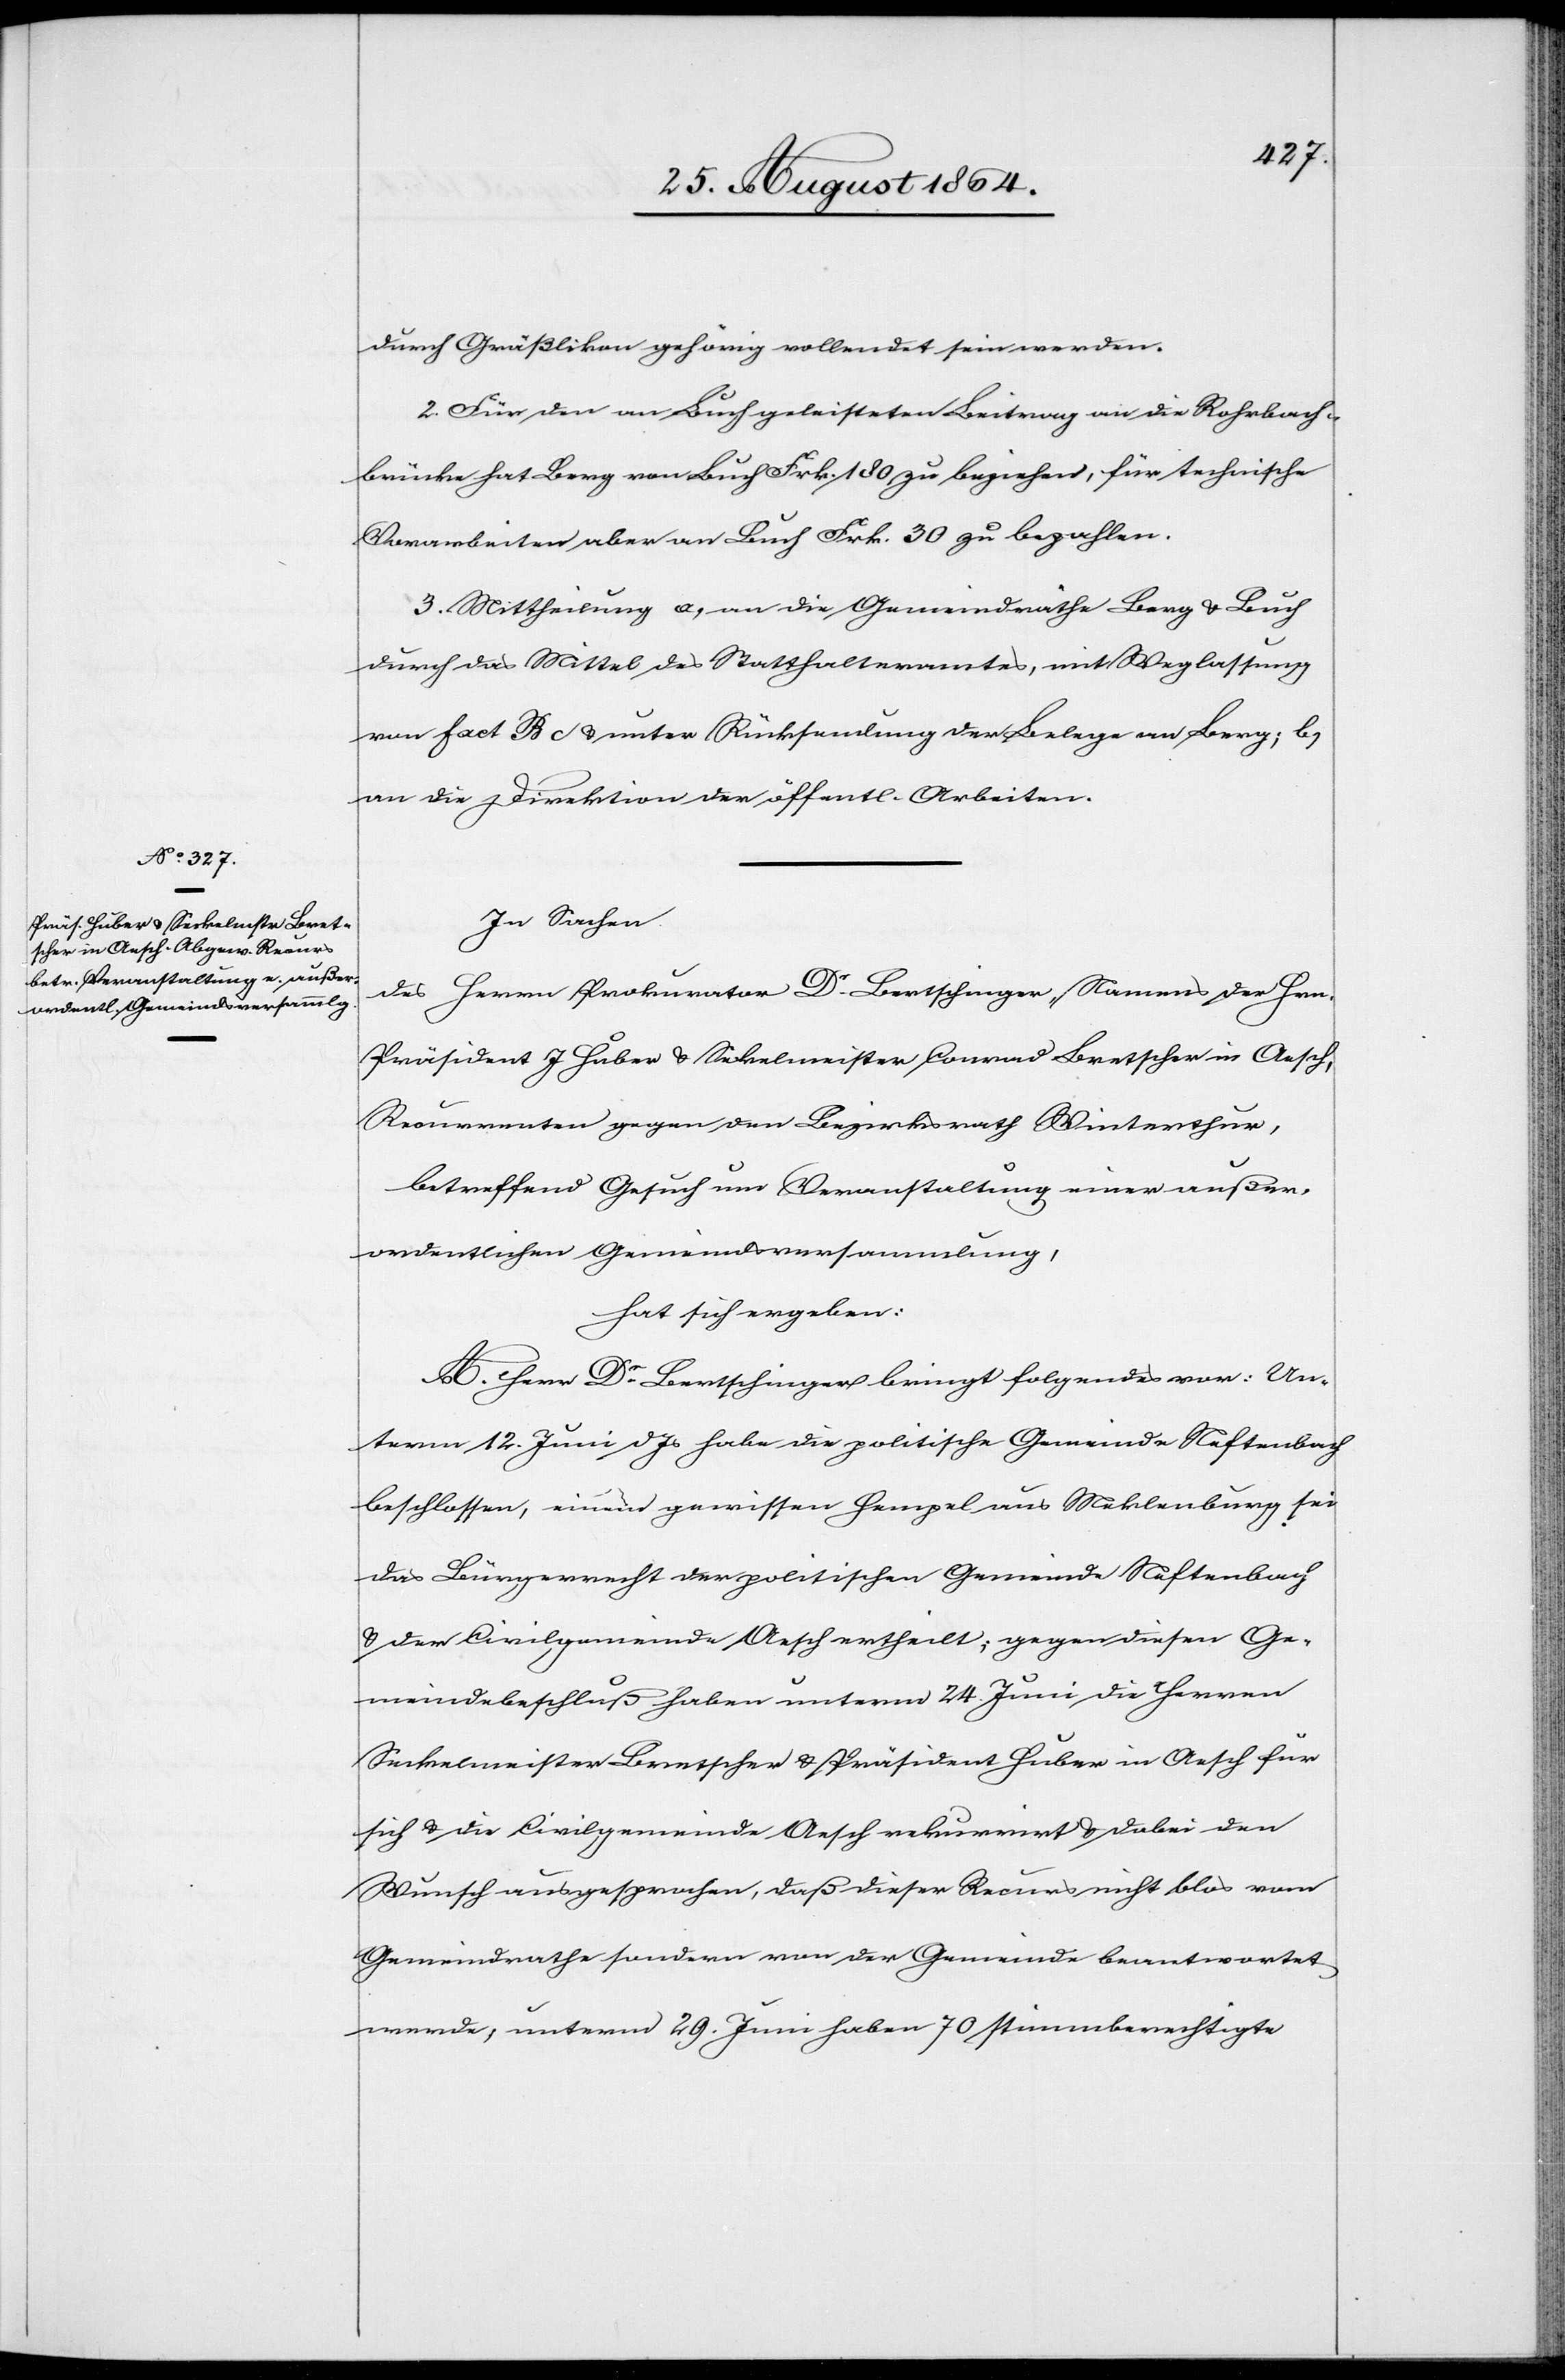
durch Gräßlikon gehörig vollendet sein werden.
2. Für den an Buch geleisteten Beitrag an die Rohrbach¬
brücke hat Berg von Buch Frk. 180 zu beziehen, für technische
Vorarbeiten aber an Buch Frk. 30 zu bezahlen.
3. Mittheilung a) an die Gemeindräthe Berg & Buch
durch das Mittel des Statthalteramtes, mit Weglassung
von fact. B c & unter Rücksendung der Belege an Berg; b)
an die Direktion der öffentl. Arbeiten.
In Sachen
des
Herrn Prokurator Dr. Bertschinger, Namens der Hrn.
Präsident J. Huber & Seckelmeister Conrad Bretscher in Aesch,
Recurrenten gegen den Bezirksrath Winterthur,
betreffend Gesuch um Veranstaltung einer außer¬
ordentlichen Gemeindsversammlung,
hat sich ergeben:
A. Herr Dr. Bertschinger bringt folgendes vor: Un¬
term 12. Juni d. Js habe die politische Gemeinde Neftenbach
beschlossen, einem gewissen Hempel aus Meklenburg sei
das Bürgerrecht der politischen Gemeinde Neftenbach
& der Civilgemeinde Aesch ertheilt; gegen diesen Ge¬
meindebeschluß haben unterm 24 Juni die Herren
Seckelmeister Bretscher & Präsident Huber in Aesch für
sich & die Civilgemeinde Aesch rekurrirt & dabei den
Wunsch ausgesprochen, daß dieser Recurs nicht blos vom
Gemeindrathe sondern von der Gemeinde beantwortet
werde; unterm 29. Juni haben 70 stimmberechtigte